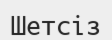
Шетсіз